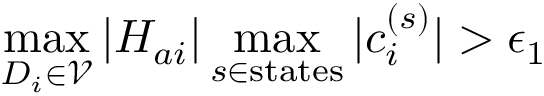
\operatorname* { m a x } _ { D _ { i } \in \mathcal { V } } | H _ { a i } | \operatorname* { m a x } _ { s \in \mathrm { s t a t e s } } | c _ { i } ^ { ( s ) } | > \epsilon _ { 1 }